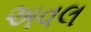
અવલ